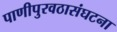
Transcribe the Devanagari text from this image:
पाणीपुरवठासंघटना